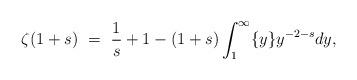
LaTeX: \begin{align*} \zeta(1 + s) \ = \ \frac{1}{s} + 1 - (1+s) \int_{1}^{\infty}\{y\}y^{-2 -s}dy, \end{align*}